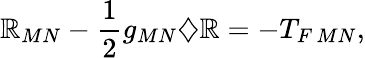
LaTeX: \mathbb{R}_{MN}-\frac{{1}}{{2}}g_{MN}\diamondsuit\mathbb{R}=-T_{F\, MN},